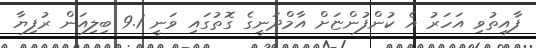
ފާއިތުވި އަހަރު އެ ކުންފުންޏަށް އާމްދަނީގެ ގޮތުގައި ވަނީ 9.1 ބިލިއަން ރުފިޔާ